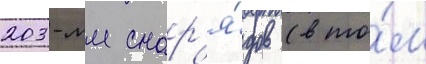
203-мм снар'я́дов (в то́м